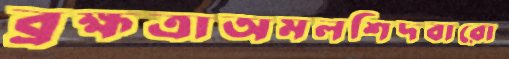
ব্রহ্মত্রাঅমলশিদবারো